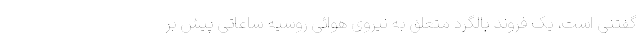
گفتنی است، یک فروند بالگرد متعلق به نیروی هوائی روسیه ساعاتی پیش بر